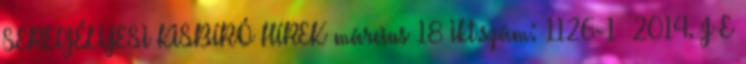
SEREGÉLYESI KISBÍRÓ HÍREK március 18 Ikt.szám: 1126-1 2014. J E